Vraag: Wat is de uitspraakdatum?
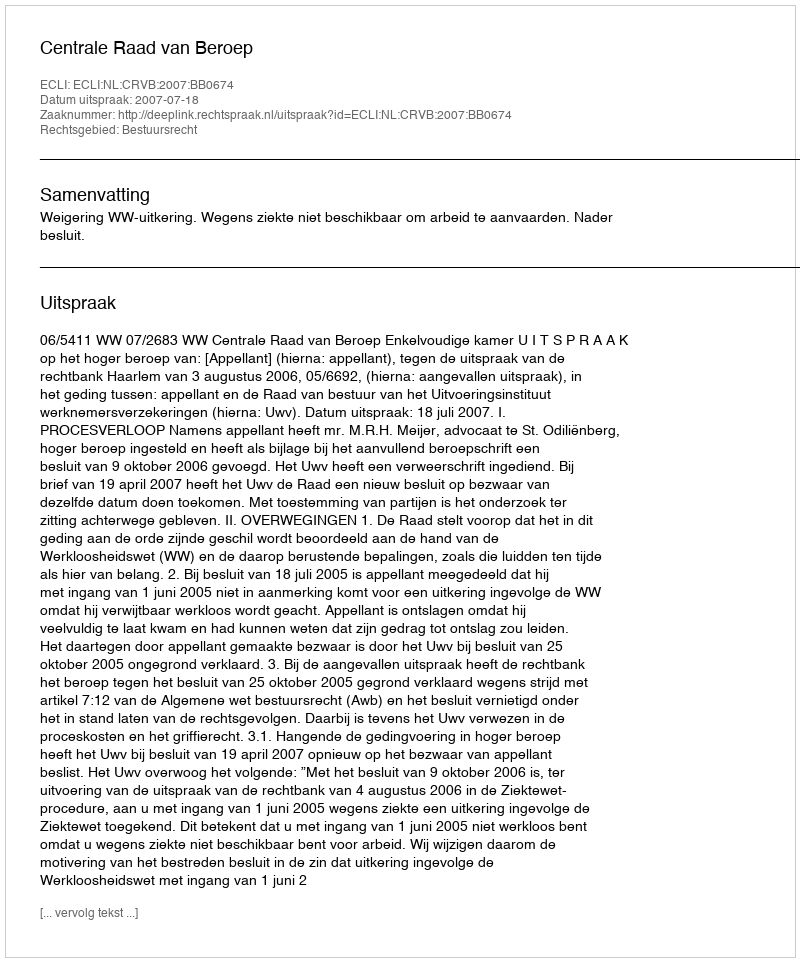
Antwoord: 2007-07-18